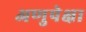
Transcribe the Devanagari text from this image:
अणुपेक्षा